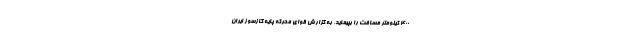
۴۰۰ کیلومتر مسافت را بپیماید. به گزارش قوای محرکه پایه گازسوز ایران